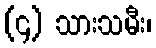
(၄) သားသမီး၊